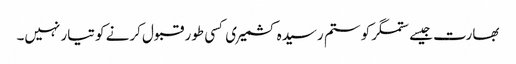
بھارت جیسے ستمگر کو ستم رسیدہ کشمیری کسی طور قبول کرنے کو تیار نہیں۔